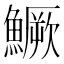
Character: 鱖